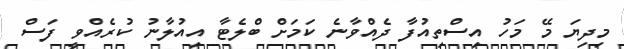
މިދިޔަ މޭ މަހު އިސްތިއުފާ ދެއްވާނެ ކަމަށް ބްލެޓާ އިއުލާނު ކުރެއްވީ ފަސް